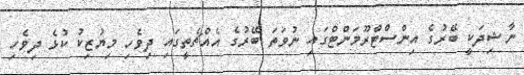
ނާޝިދަކީ ބޭރުގެ އިންސްޓްރޫމަންޓްގައި ނުވަތަ ބޭރުގެ އެއްޗެތީގައި ދިވެހި މިޔުޒިކު ކުޅެ ދިވެހި